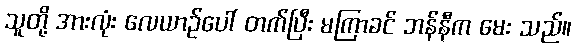
သူတို့ အားလုံး လေယာဉ်ပေါ် တက်ပြီး မကြာခင် ဘန်နီက မေး သည်။